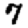
Digit: 7